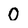
Character: 0